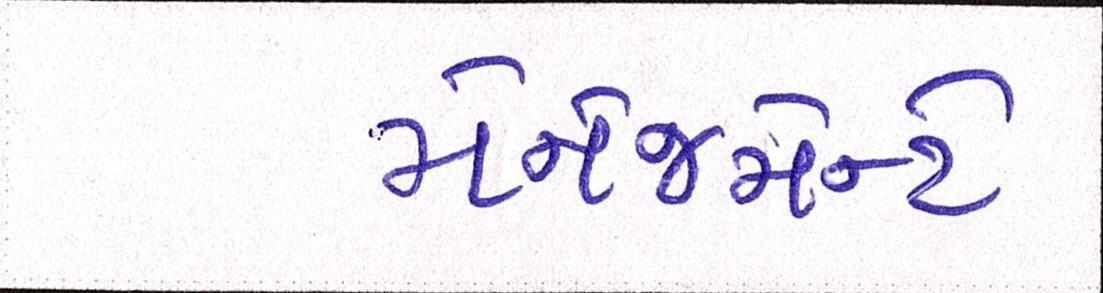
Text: મૅનેજમેન્ટે